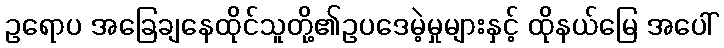
ဥရောပ အခြေချနေထိုင်သူတို့၏ဥပဒေမဲ့မှုများနှင့် ထိုနယ်မြေ အပေါ်